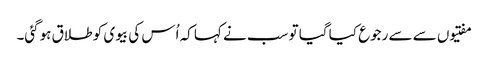
مفتیوں سے سے رجوع کیا گیا تو سب نے کہا کہ اُس کی بیوی کو طلاق ہوگئی۔